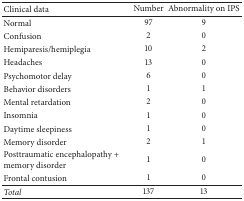
<table><thead><tr><td><b>Clinical data</b></td><td><b>Number</b></td><td><b>Abnormality on IPS</b></td></tr></thead><tbody><tr><td>Normal</td><td>97</td><td>9</td></tr><tr><td>Confusion</td><td>2</td><td>0</td></tr><tr><td>Hemiparesis/hemiplegia</td><td>10</td><td>2</td></tr><tr><td>Headaches</td><td>13</td><td>0</td></tr><tr><td>Psychomotor delay</td><td>6</td><td>0</td></tr><tr><td>Behavior disorders</td><td>1</td><td>1</td></tr><tr><td>Mental retardation</td><td>2</td><td>0</td></tr><tr><td>Insomnia</td><td>1</td><td>0</td></tr><tr><td>Daytime sleepiness</td><td>1</td><td>0</td></tr><tr><td>Memory disorder </td><td>2</td><td>1</td></tr><tr><td>Posttraumatic encephalopathy + memory disorder</td><td>1</td><td>0</td></tr><tr><td>Frontal contusion</td><td>1</td><td>0</td></tr><tr><td><i>Total</i></td><td>137</td><td>13</td></tr></tbody></table>